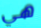
هي